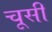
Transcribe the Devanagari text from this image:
चूसी